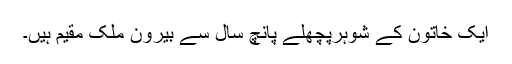
ایک خاتون کے شوہرپچھلے پانچ سال سے بیرون ملک مقیم ہیں۔